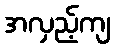
အလှည့်ကျ